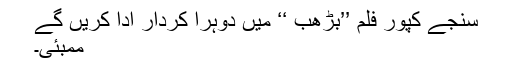
سنجے کپور فلم ’’بڑھب ‘‘ میں دوہرا کردار ادا کریں گے
ممبئی۔